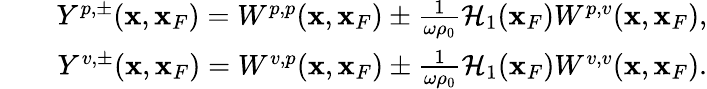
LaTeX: \begin{array}{rlr}&{}&{Y^{p,\pm}({\mathbf x},{\mathbf x}_{F})=W^{p,p}({\mathbf x},{\mathbf x}_{F})\pm\frac{1}{\omega\rho_{0}}{\cal H}_{1}({\mathbf x}_{F})W^{p,v}({\mathbf x},{\mathbf x}_{F}),}\\ &{}&{Y^{v,\pm}({\mathbf x},{\mathbf x}_{F})=W^{v,p}({\mathbf x},{\mathbf x}_{F})\pm\frac{1}{\omega\rho_{0}}{\cal H}_{1}({\mathbf x}_{F})W^{v,v}({\mathbf x},{\mathbf x}_{F}).}\end{array}